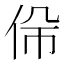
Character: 𠈡